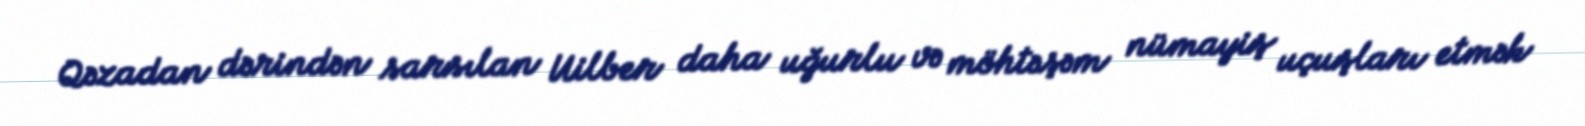
Qəzadan dərindən sarsılan Uilber daha uğurlu və möhtəşəm nümayiş uçuşları etmək